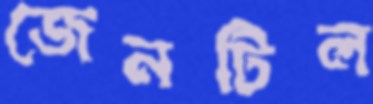
জেনটিল